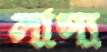
লাস্য